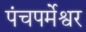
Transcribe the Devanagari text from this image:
पंचपर्मेश्वर